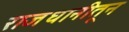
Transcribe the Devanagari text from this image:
राजधानीतून